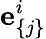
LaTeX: {{\mathbf e}}_{\{ j\} }^{i}